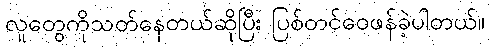
လူတွေကိုသတ်နေတယ်ဆိုပြီး ပြစ်တင်ဝေဖန်ခဲ့ပါတယ်။